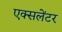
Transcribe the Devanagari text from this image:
एक्सलेंटर